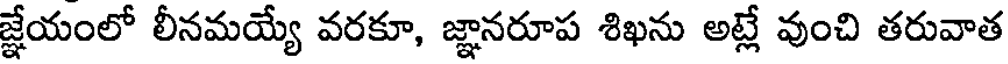
జ్ఞేయంలో లీనమయ్యే వరకూ, జ్ఞానరూప శిఖను అట్లే వుంచి తరువాత